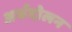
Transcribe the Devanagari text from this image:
अर्धदोलन